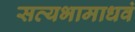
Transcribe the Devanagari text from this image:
सत्यभामाधवं